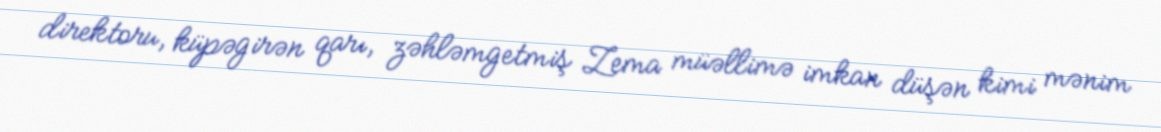
direktoru, küpəgirən qarı, zəhləmgetmiş Zema müəllimə imkan düşən kimi mənim